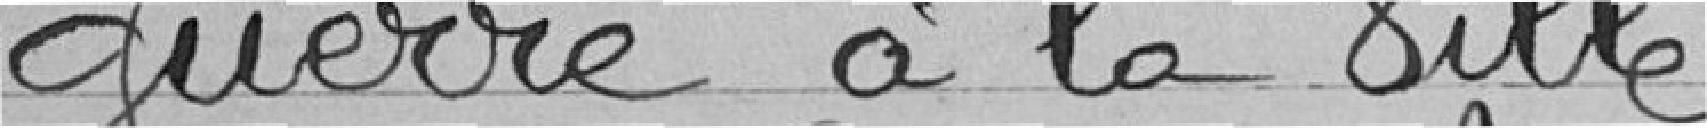
guerre à la Ville